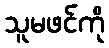
သူမဖင်ကို